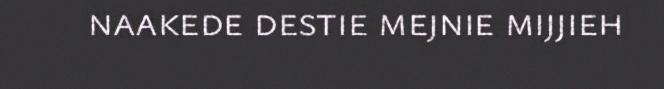
naakede destie mejnie mijjieh